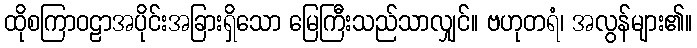
ထိုစကြာဝဠာအပိုင်းအခြားရှိသော မြေကြီးသည်သာလျှင်။ ဗဟုတရံ၊ အလွန်များ၏။